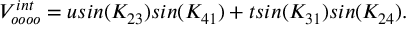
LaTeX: V _ { o o o o } ^ { i n t } = u s i n ( K _ { 2 3 } ) s i n ( K _ { 4 1 } ) + t s i n ( K _ { 3 1 } ) s i n ( K _ { 2 4 } ) .